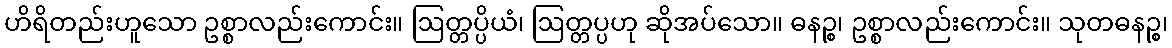
ဟိရိတည်းဟူသော ဥစ္စာလည်းကောင်း။ ဩတ္တပ္ပိယံ၊ ဩတ္တပ္ပဟု ဆိုအပ်သော။ ဓနဉ္စ၊ ဥစ္စာလည်းကောင်း။ သုတဓနဉ္စ၊